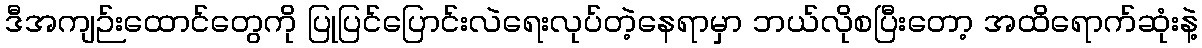
ဒီအကျဉ်းထောင်တွေကို ပြုပြင်ပြောင်းလဲရေးလုပ်တဲ့နေရာမှာ ဘယ်လိုစပြီးတော့ အထိရောက်ဆုံးနဲ့